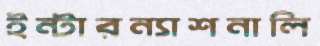
ইন্টারন্যাশনালি